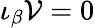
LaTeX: \iota_{\beta}{\cal V}=0